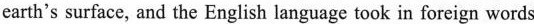
earth's surface, and the English language took in foreign words